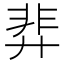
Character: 𫸝